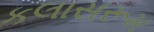
કલાસરૂમ